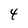
Character: 4